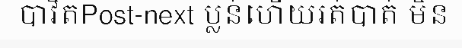
បាវិតPost-next ប្លន់ហើយរត់បាត់ មិន